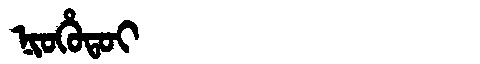
Manchu: ᠨᡳᠣᡥᡠᡨᠣᡳ
Romanization: NIOHUTOI